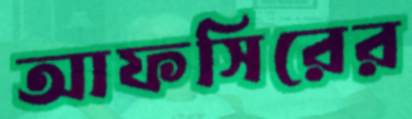
আফসিরের